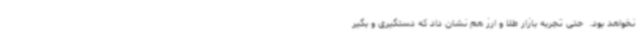
نخواهد بود. ‌ حتی تجربه بازار طلا و ارز هم نشان داد که دستگیری و بگیر